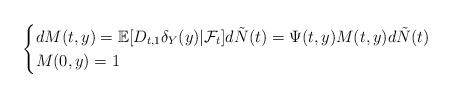
LaTeX: \begin{align*}\begin{cases}dM(t,y) = \mathbb{E}[D_{t,1} \delta_Y(y) | \mathcal{F}_t]d\tilde{N}(t)= \Psi(t,y)M(t,y) d\tilde{N}(t)\\M(0,y)=1\end{cases}\end{align*}